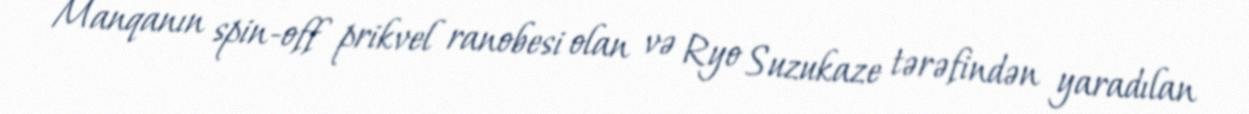
Manqanın spin-off prikvel ranobesi olan və Ryo Suzukaze tərəfindən yaradılan